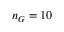
n _ { G } = 1 0